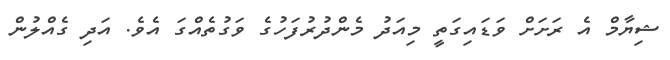
ޝިޔާމް އެ ރަށަށް ވަޑައިގަތީ މިއަދު މެންދުރުފަހުގެ ވަގުތެއްގަ އެވެ. އަދި ގެއްލުން